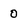
Character: 0